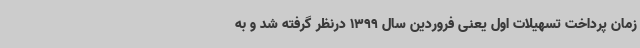
زمان پرداخت تسهیلات اول یعنی فروردین سال 1399 درنظر گرفته شد و به